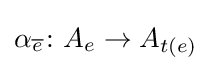
\alpha _{\overline {e}}\colon A_{e}\to A_{t(e)}